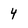
Character: 4